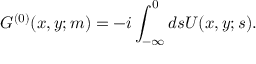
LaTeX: G ^ { ( 0 ) } ( x , y ; m ) = - i \int _ { - \infty } ^ { 0 } d s U ( x , y ; s ) .